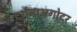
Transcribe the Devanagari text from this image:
दर्शनाअगोदर